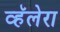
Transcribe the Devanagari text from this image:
व्हॅलेरा